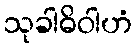
သုခါဓိဝါဟံ